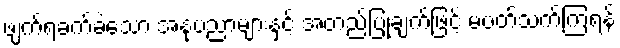
ဖျက်ရခက်ခဲသော အနုပညာများနှင့် အတည်ပြုချက်ဖြင့် မပတ်သက်ကြရန်